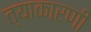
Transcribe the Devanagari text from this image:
त्याकारणी